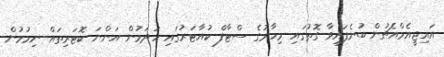
އައިޖީއެމްއެޗުން ބުނެފައިވާ ގޮތުގައި މިހާރުގެ ސްޓާފް ކުއާޓަރުގައި ހަދަމުން އަންނަ ކޮޓަރިތައް ނިމުމުން